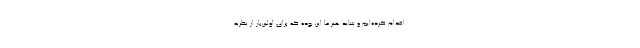
اقدام کرده‌‌ایم و شاید هنر ما این بوده که برای اولین‌بار از نظریه